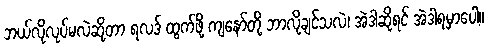
ဘယ်လိုလုပ်မလဲဆိုတာ ရလဒ် ထွက်ဖို့ ကျနော်တို့ ဘာလိုချင်သလဲ၊ အဲဒါဆိုရင် အဲဒါရမှာပေါ့။